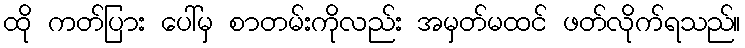
ထို ကတ်ပြား ပေါ်မှ စာတမ်းကိုလည်း အမှတ်မထင် ဖတ်လိုက်ရသည်။